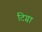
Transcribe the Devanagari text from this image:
टिग्रा